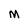
Character: M